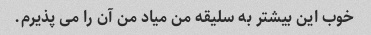
خوب این بیشتر به سلیقه من میاد من آن را می پذیرم.